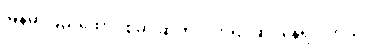
မြန်မာပြည်ထောင်စုမှာ ဆက်လက်ရင်ဆိုင်နေရပါတယ်။